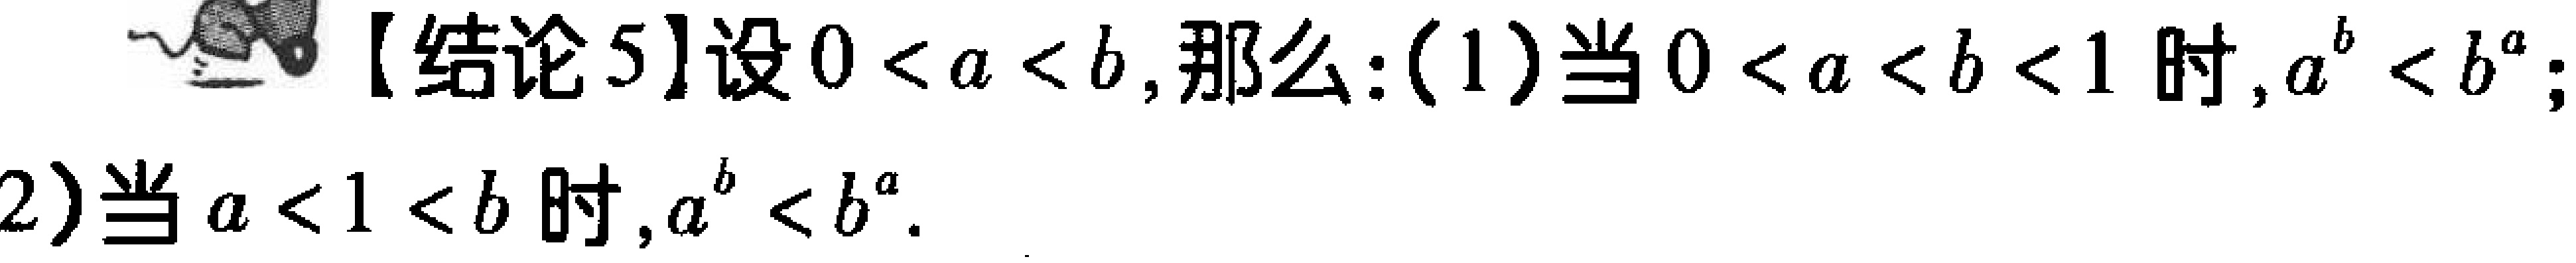
【结论5】设\(0 < a < b\)，那么：(1)当\(0 < a < b < 1\)时，\(a^{b}<b^{a}\)；

(2)当\(a < 1 < b\)时，\(a^{b}<b^{a}\)。